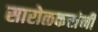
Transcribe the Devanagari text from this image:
सारोळकरांनी